Indian Civil Veterinary Department memoirs
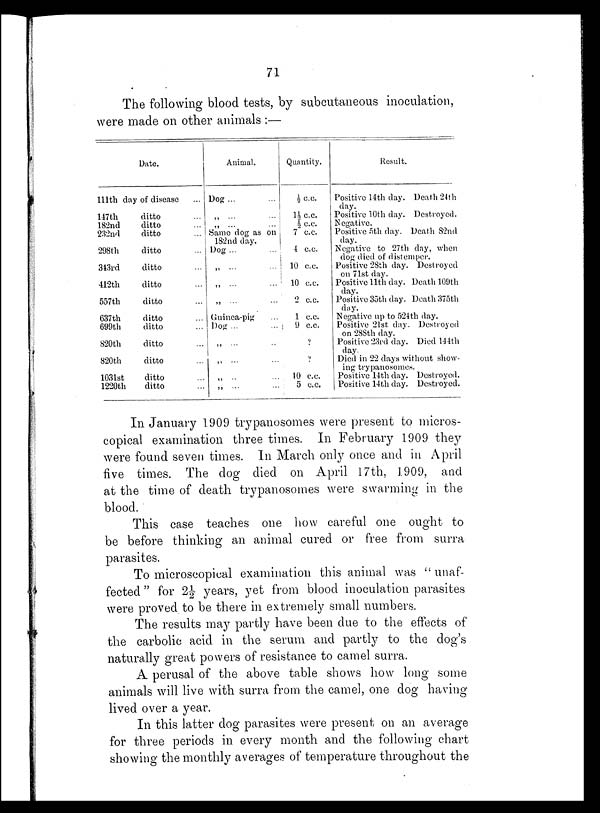
71
The following blood tests, by subcutaneous inoculation,
were made on other animals:—
Date.
111th day of disease ...
147th
ditto ...
182nd
ditto ...
232nd
ditto ...
298th
ditto ...
343rd
ditto ...
412th
ditto ...
557th
ditto ...
637th
ditto ...
699th
ditto ...
820th
ditto ...
820th
ditto ...
1031st
ditto ...
1220th
ditto ...
Animal.
Dog ... ...
„ ... ...
„ ... ...
Same dog as on
182nd day.
Dog
...
...
„ ... ...
„ ... ...
„ ... ...
Guinea-pig
Dog... ...
„ ... ...
„ ... ...
„ .. ...
„ ... ...
Quantity.
½ c.c.
1½ c.c.
½ c.c.
7 c.c.
4 c.c.
10 c.c.
10 c.c.
2 c.c.
1 c.c.
9 c.c.
?
?
10 c.c.
5 c.c.
Result.
Positive 14th day. Death 24th
day.
Positive 10th day. Destroyed.
Negative.
Positive 5th day. Death 82nd
day.
Negative to 27th day, when
dog died of distemper.
Positive 28th day. Destroyed
on 71st day.
Positive 11th day. Death 109th
day.
Positive 35th day. Death 375th
day.
Negative up to 524th day.
Positive 21st day. Destroyed
on 288th day.
Positive 23rd day. Died 144th
day.
Died in 22 days without show-
ing trypanosomes.
Positive 14th day. Destroyed.
Positive 14th day. Destroyed.
In January 1909 trypanosomes were present to micros-
copical examination three times. In February 1909 they
were found seven times. In March only once and in April
five times. The dog died on April 17th, 1909, and
at the time of death trypanosomes were swarming in the
blood.
This case teaches one how careful one ought to
be before thinking an animal cured or free from surra
parasites.
To microscopical examination this animal was "unaf-
fected" for 2½ years, yet from blood inoculation parasites
were proved to be there in extremely small numbers.
The results may partly have been due to the effects of
the carbolic acid in the serum and partly to the dog's
naturally great powers of resistance to camel surra.
A perusal of the above table shows how long some
animals will live with surra from the camel, one dog having
lived over a year.
In this latter dog parasites were present on an average
for three periods in every month and the following chart
showing the monthly averages of temperature throughout the